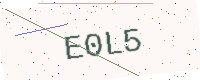
Text: E0L5